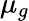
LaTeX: \mu_{g}